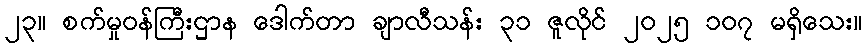
၂၃။ စက်မှုဝန်ကြီးဌာန ဒေါက်တာ ချာလီသန်း ၃၁ ဇူလိုင် ၂၀၂၅ ၁၀၇ မရှိသေး။